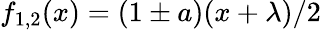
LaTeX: f_{1,2}(x)=(1\pm a)(x+\lambda)/2